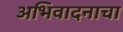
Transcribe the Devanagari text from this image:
अभिवादनाचा